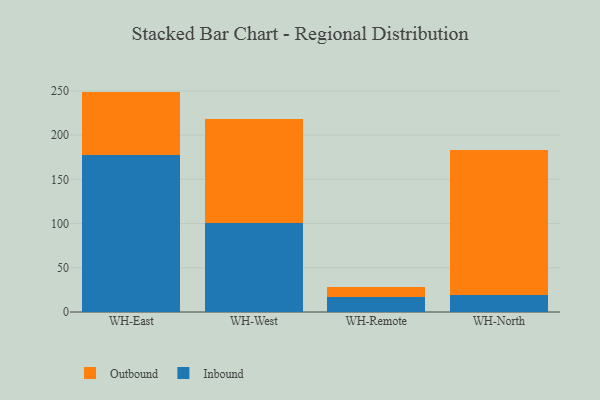
{"axis": {"x": "Warehouse", "y": "LTV (USD)"}, "legend": ["Inbound", "Outbound"], "data": [{"x": "WH-East", "y": 177.3, "type": "Inbound"}, {"x": "WH-East", "y": 71.9, "type": "Outbound"}, {"x": "WH-West", "y": 100.2, "type": "Inbound"}, {"x": "WH-West", "y": 117.8, "type": "Outbound"}, {"x": "WH-Remote", "y": 17.0, "type": "Inbound"}, {"x": "WH-Remote", "y": 10.8, "type": "Outbound"}, {"x": "WH-North", "y": 19.5, "type": "Inbound"}, {"x": "WH-North", "y": 163.9, "type": "Outbound"}]}